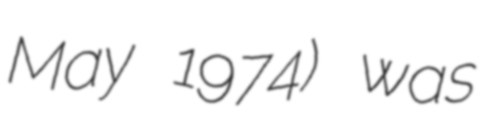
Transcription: May 1974) was